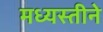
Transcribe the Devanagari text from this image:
मध्यस्तीने